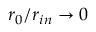
r _ { 0 } / r _ { i n } \rightarrow 0